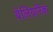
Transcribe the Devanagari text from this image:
बेलियरिक